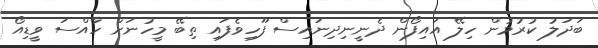
ބަދަލު ކުރުމުން ހިލޭ އައިފޯން ދެނީނިދިނައިސް ފޫހިވެފައި ތިބޭ މީހުނަށް ހާއްސަ ވީޑިއޯ